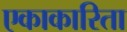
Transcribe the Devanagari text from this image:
एकाकारिता